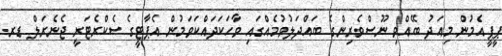
ޕީޕީއެމުން މިއަދު ބޭއްވި ނޫސްވެރިންގެ ބައްދަލުވުމެއްގައި ވާހަކަދައްކަވަމުން އެޕާޓީގެ ސެކްރެޓަރީ ޖެނެރަލް ޑރ.